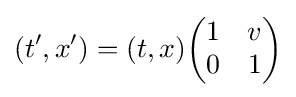
\left(t',x'\right)=(t,x){\begin{pmatrix}1&v\\0&1\end{pmatrix}}